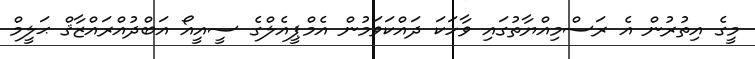
މީގެ އިތުރުން އެ ރަސްމިއްޔާތުގައި ވާހަކަ ދައްކަވަމުން އެމްޕީއެލްގެ ސީއީއޯ އަބްދުއްރައްޒާޤް ޙަލީމް